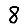
Digit: 8